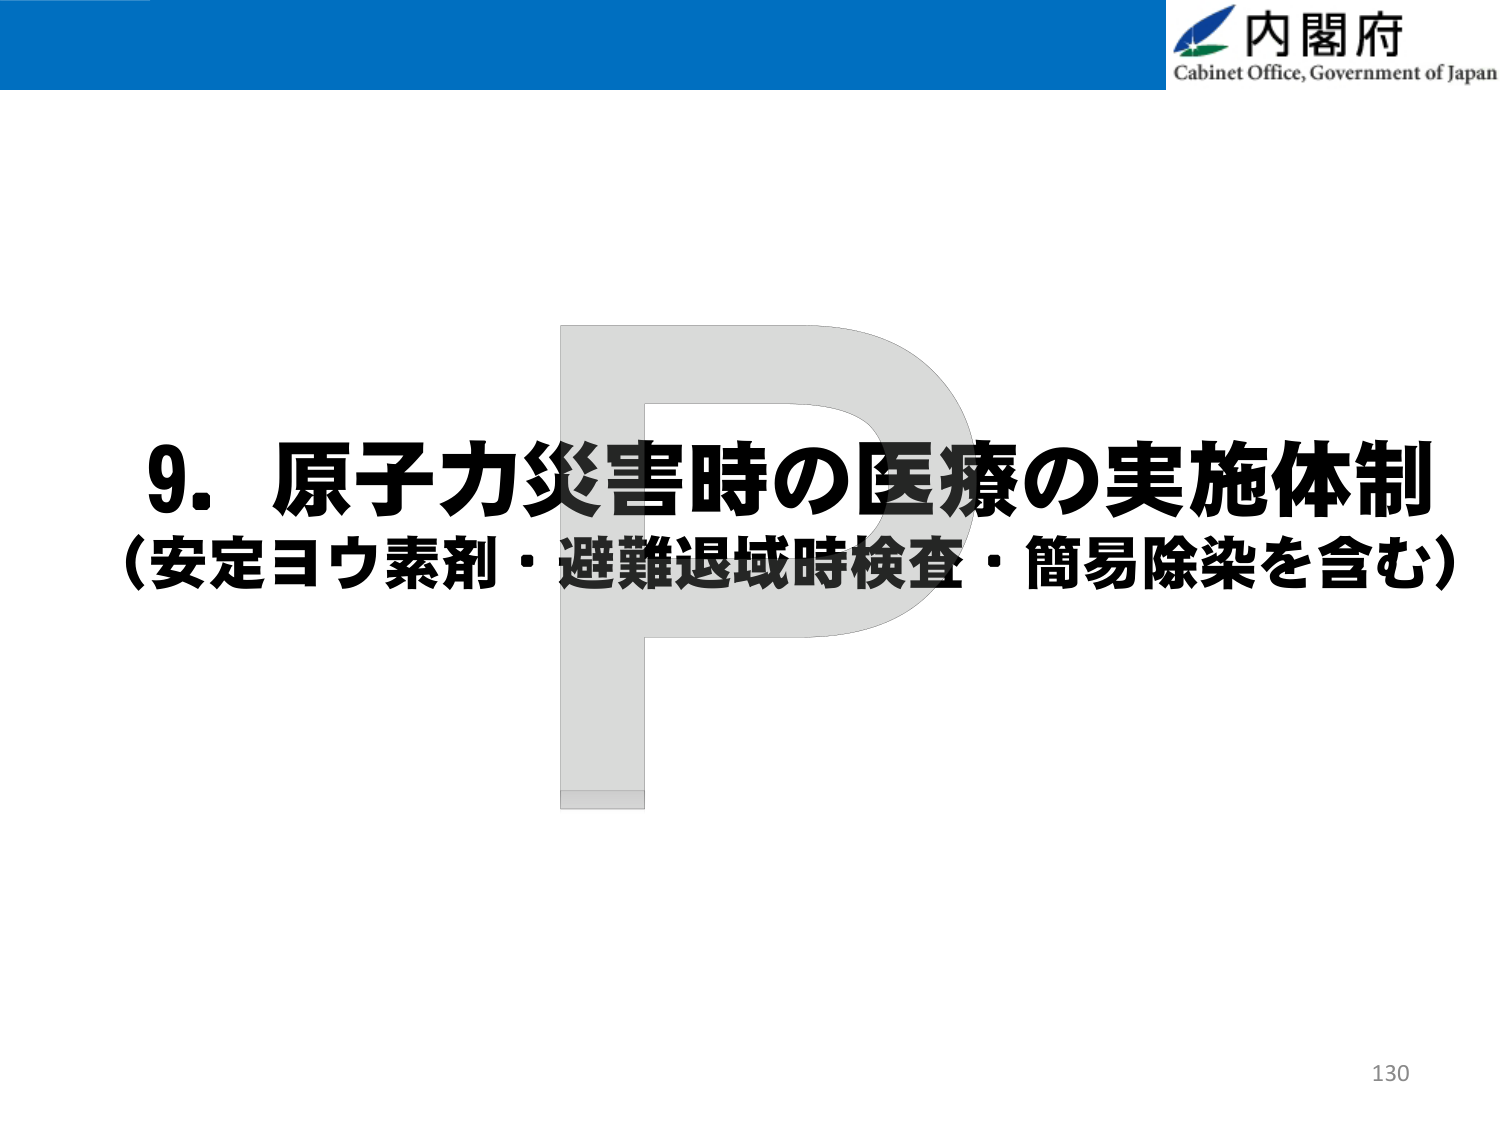
内閣府
Cabinet Office, Government of Japan

9. 原子力災害時の医療の実施体制
（安定ヨウ素剤・避難退域時検査・簡易除染を含む）

130